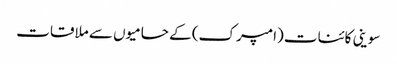
سوینی کائنات (امپرک) کے حامیوں سے ملاقات